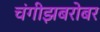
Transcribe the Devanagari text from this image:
चंगीझबरोबर